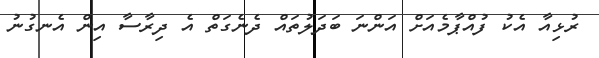
ރުޅިއާ އެކު ފުއްޕާމެއަށް އަންނަ ބަދަލުތައް ދެނެގަތް އެ ދިރާސާ އިން އެނގުނު